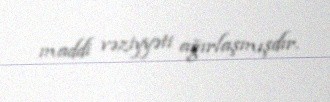
maddi vəziyyəti ağırlaşmışdır.